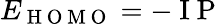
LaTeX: E_{\mathrm{~H~O~M~O~}}=-\mathrm{~I~P~}